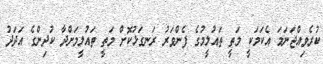
ކުރެވިއްޖަނަމަ އެކަމަކީ މަތީ ތައުލީމުގެ ފެންވަރު ރަނގަޅުކޮށް މަތީ ތައުލީމަށްދާ ކުދިންގެ އަދަދު